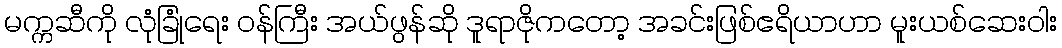
မက္ကဆီကို လုံခြုံရေး ဝန်ကြီး အယ်ဖွန်ဆို ဒူရာဇိုကတော့ အခင်းဖြစ်ဧရိယာဟာ မူးယစ်ဆေးဝါး